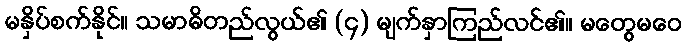
မနှိပ်စက်နိုင်။ သမာဓိတည်လွယ်၏ (၄) မျက်နှာကြည်လင်၏။ မတွေမဝေ